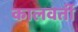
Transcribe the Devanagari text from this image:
कालवर्ती